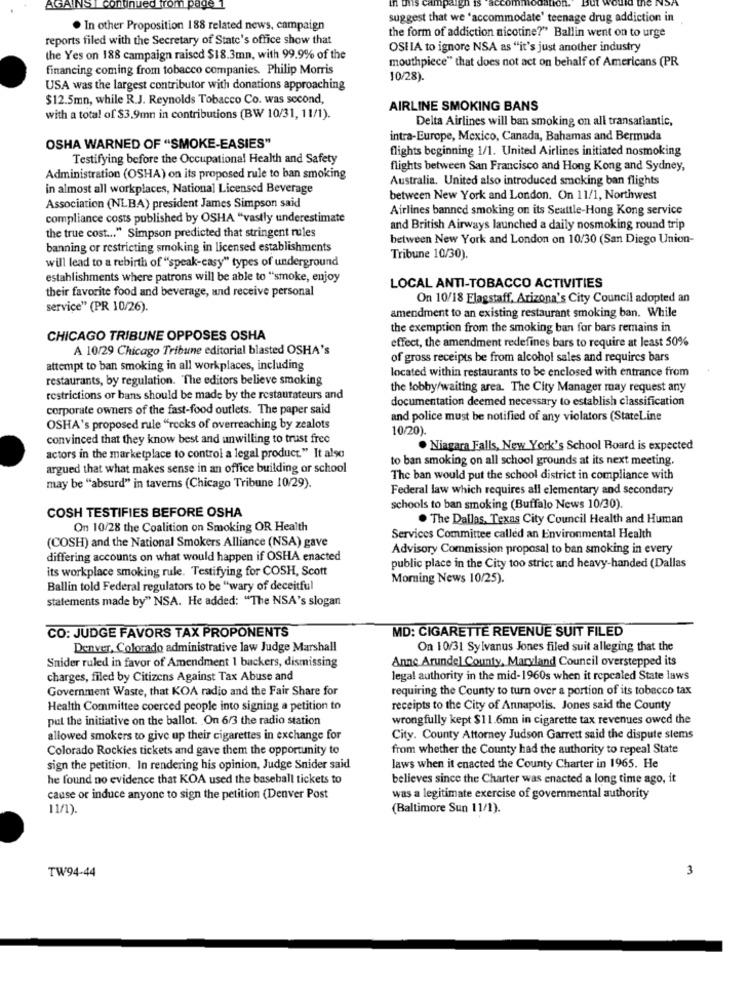
AGAINST
suggest that we 'accommodate' teenage drug addiction in
. In other Proposition 188 related news, campaign
the form of addiction nicotine?" Ballin went on to urge
reports filed with the Secretary of State's office show that
OSHIA to ignore NSA as "it's just another industry
the Yes on 188 campaign raised $18.3mn, with 99.9% of the
mouthpiece" that does not act on behalf of Americans (PR
financing coming from tobacco companies. Philip Morris
10/28).
USA was the largest contributor with donations approaching
$12.5mn, while R.J. Reynolds Tobacco Co. was second,
AIRLINE SMOKING BANS
with a total of $3,9mn in contributions (BW 10/31, 11/1).
Delta Airlines will ban smoking on all transatlantic,
intra-Europe, Mexico, Canada, Bahamas and Bermuda
OSHA WARNED OF "SMOKE-EASIES"
flights beginning 1/1. United Airlines initiated nosmoking
Testifying before the Occupational Health and Safety
flights between San Francisco and Hong Kong and Sydney,
Administration (OSHA) on its proposed rule to ban smoking
Australia. United also introduced smoking ban flights
in almost all workplaces, National Licensed Beverage
between New York and London. On 11/1, Northwest
Association (NLBA) president James Simpson said
Airlines banned smoking on its Seattle-Hong Kong service
compliance costs published by OSHA "vastly underestimate
the true cost ... " Simpson predicted that stringent rules
and British Airways launched a daily nosmoking round trip
between New York and London on 10/30 (San Diego Union-
banning or restricting smoking in licensed establishments
will lead to a rebirth of "speak-casy" types of underground
Tribune 10/30).
establishments where patrons will be able to "smoke, enjoy
their favorite food and beverage, and receive personal
LOCAL ANTI-TOBACCO ACTIVITIES
On 10/18 Flagstaff, Arizona's City Council adopted an
service" (PR 10/26).
amendment to an existing restaurant smoking ban. While
the exemption from the smoking ban for bars remains in
CHICAGO TRIBUNE OPPOSES OSHA
effect, the amendment redefines bars to require at least 50%
A 10/29 Chicago Tribune editorial blasted OSHA's
of gross receipts be from alcohol sales and requires bars
attempt to ban smoking in all workplaces, including
located within restaurants to be enclosed with entrance from
restaurants, by regulation. The editors believe smoking
the lobby/waiting area. The City Manager may request any
restrictions or bans should be made by the restaurateurs and
documentation deemed necessary to establish classification
corporate owners of the fast-food outlets. The paper said
and police must be notified of any violators (StateLine
OSHA's proposed rule "rocks of overreaching by zealots
10/20).
convinced that they know best and unwilling to trust free
. Niagara Falls, New York's School Board is expected
actors in the marketplace to control a legal product." It also
to ban smoking on all school grounds at its next meeting.
argued that what makes sense in an office building or school
The ban would put the school district in compliance with
may be "absurd" in taverns (Chicago Tribune 10/29).
Federal law which requires all elementary and secondary
schools to ban smoking (Buffalo News 10/30).
COSH TESTIFIES BEFORE OSHA
. The Dallas, Texas City Council Health and Human
On 10/28 the Coalition on Smoking OR Health
Services Committee called an Environmental Health
(COSH) and the National Smokers Alliance (NSA) gave
Advisory Commission proposal to ban smoking in every
differing accounts on what would happen if OSHA enacted
its workplace smoking rule. Testifying for COSH, Scott
public place in the City too strict and heavy-handed (Dallas
Morning News 10/25).
Ballin told Federal regulators to be "wary of deceitful
statements made by" NSA. He added: "The NSA's slogan
MD: CIGARETTE REVENUE SUIT FILED
CO: JUDGE FAVORS TAX PROPONENTS
Denver, Colorado administrative law Judge Marshall
On 10/31 Sylvanus Jones filed suit alleging that the
Snider ruled in favor of Amendment 1 backers, dismissing
Anne Arundel County, Maryland Council overstepped its
charges, filed by Citizens Against Tax Abuse and
legal authority in the mid-1960s when it repealed State laws
Government Waste, that KOA radio and the Fair Share for
requiring the County to turn over a portion of its tobacco tax
Health Committee coerced people into signing a petition to
receipts to the City of Annapolis. Jones said the County
pul the initiative on the ballot. On 6/3 the radio station
wrongfully kept $11.6mn in cigarette tax revenues owed the
allowed smokers to give up their cigarettes in exchange for
City. County Attorney Judson Garrett said the dispute stems
Colorado Rockies tickets and gave them the opportunity to
from whether the County had the authority to repeal State
sign the petition. In rendering his opinion, Judge Snider said
laws when it enacted the County Charter in 1965. He
he found no evidence that KOA used the baseball tickets to
believes since the Charter was enacted a long time ago, it
cause or induce anyone to sign the petition (Denver Post
was a legitimate exercise of governmental authority
11/1).
(Baltimore Sun 11/1).
TW94-44
3